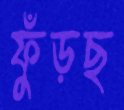
ফুঁড়ছ